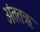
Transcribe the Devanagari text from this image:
अंततऋ